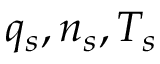
q _ { s } , n _ { s } , T _ { s }